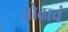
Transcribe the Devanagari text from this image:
ओढावं